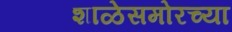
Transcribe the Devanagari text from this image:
शाळेसमोरच्या